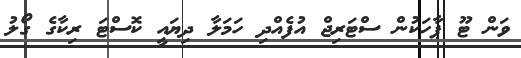
ވަން ޓޫ ޕާހަކުން ސްޓަރިޖް އުފެއްދި ހަމަލާ ދިޔައީ ކޮސްޓަ ރިކާގެ ގޯލު